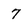
Character: 7